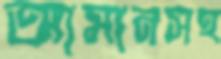
আমানসহ